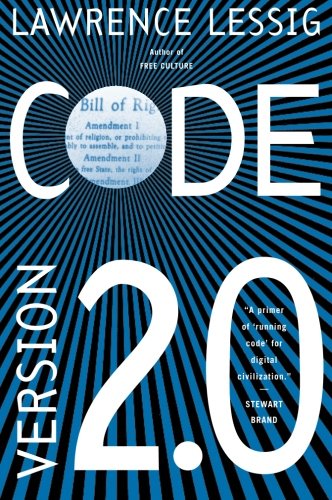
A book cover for Code: And Other Laws of Cyberspace, Version 2.0; Lawrence Lessig; Computers & Technology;